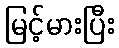
မြင့်မားပြီး